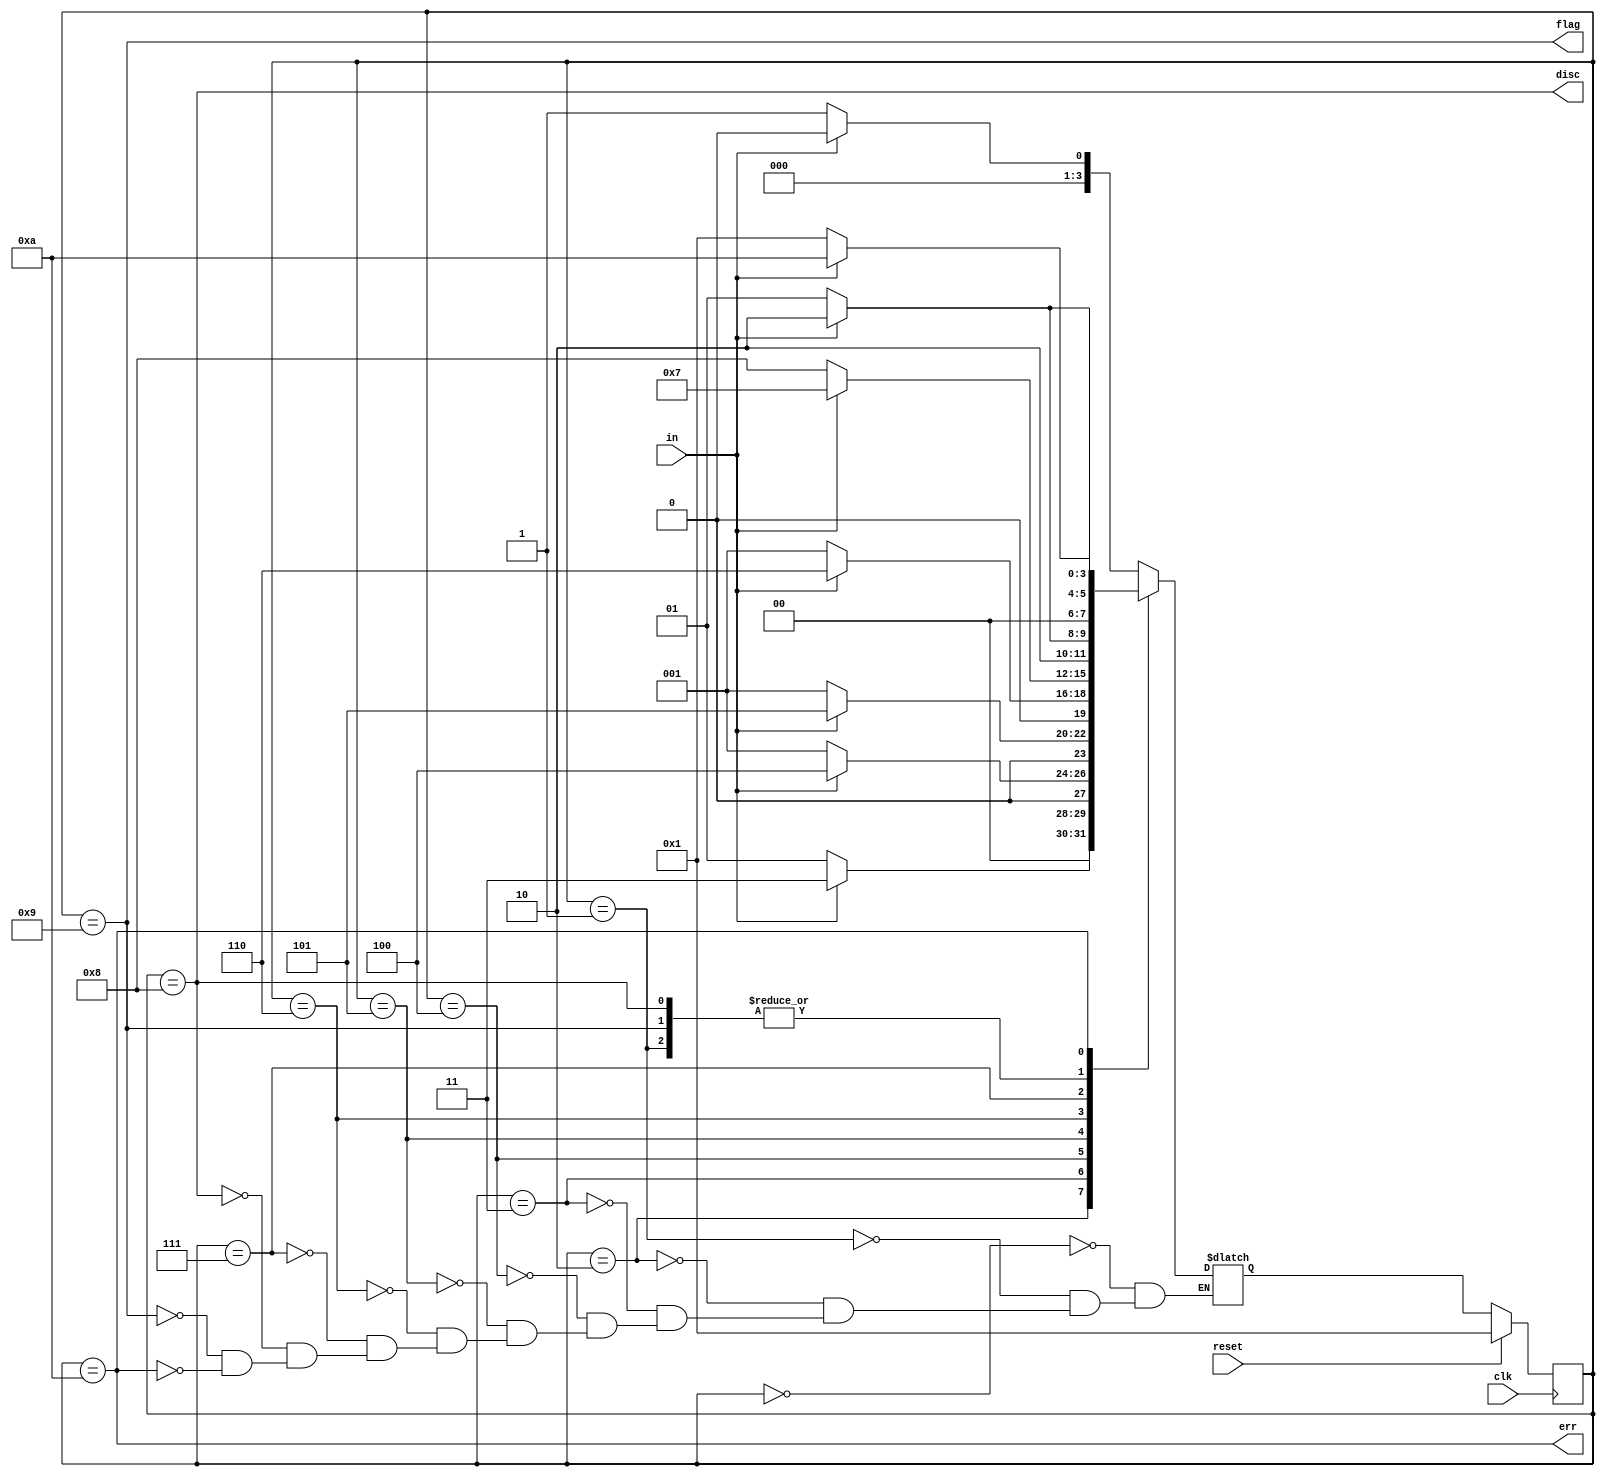
module top_module(
    input clk,
    input reset,    // Synchronous reset
    input in,
    output disc,
    output flag,
    output err
);

parameter IDLE = 4'd0, S1 = 4'd1, S2 = 4'd2, S3 = 4'd3, S4 = 4'd4, S5 = 4'd5, S6 = 4'd6, S7 = 4'd7, DISC = 4'd8, FLAG = 4'd9, ERR = 4'd10;

reg  [3:0] cur_state, nxt_state;

always @(*) begin
    case (cur_state)
        IDLE : nxt_state = in ? IDLE : S1;
        S1   : nxt_state = in ? S2 : S1;
        S2   : nxt_state = in ? S3 : S1;
        S3   : nxt_state = in ? S4 : S1;
        S4   : nxt_state = in ? S5 : S1;
        S5   : nxt_state = in ? S6 : S1;
        S6   : nxt_state = in ? S7 : DISC;
        S7   : nxt_state = in ? ERR : FLAG;
        DISC : nxt_state = in ? S2 : S1;
        FLAG : nxt_state = in ? S2 : S1;
        ERR  : nxt_state = in ? ERR : S1;
    endcase
end

always @(posedge clk) begin
    if (reset) cur_state <= S1;
    else cur_state <= nxt_state;
end

assign disc = cur_state == DISC;
assign flag = cur_state == FLAG;
assign err  = cur_state == ERR;

endmodule